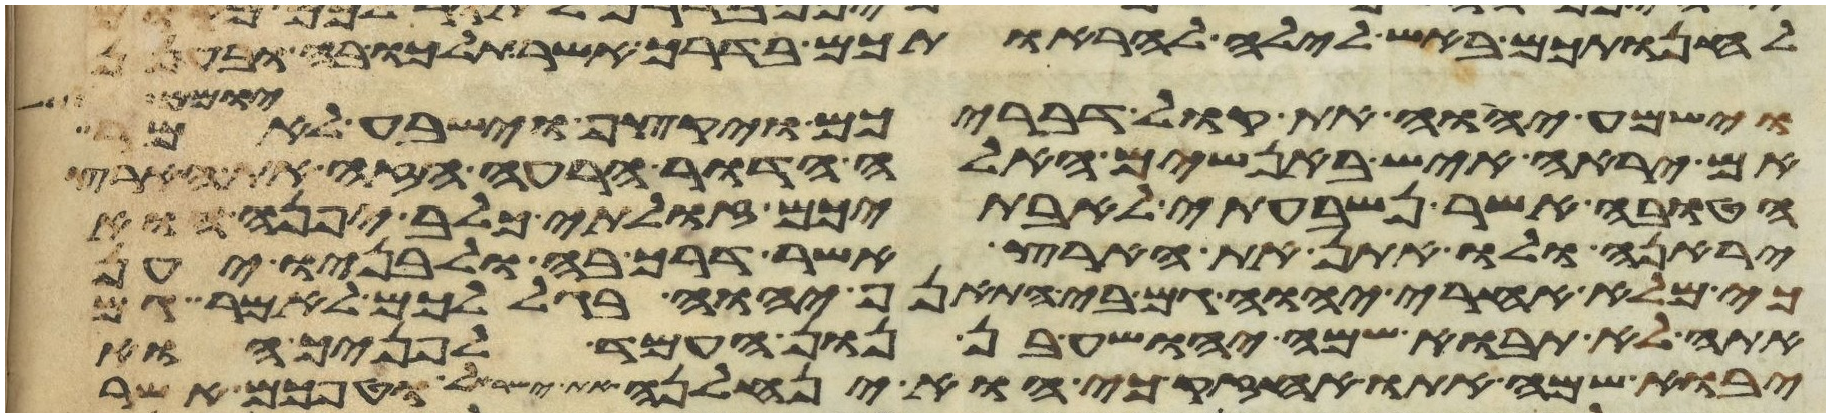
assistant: להחנותכם באש לילה להראותכם בדרך אשר תלכו בה ובענן
יומם
וישמע יהוה את קול דבריכם ויקצף וישבע לאמר
אם יראה איש באנשים האלה הדור הרע הזה את הארץ
הטובה אשר נשבעתי לאבתיכם זולתי כלב בן יפנה הוא
יראנה ולו אתן את הארץ אשר דרך בה ולבניו יען
כי מלא אחרי יהוה גם בי התאנף יהוה בגללכם לאמר גם
אתה לא תבוא שמה יהושע בן נון העמד לפניך הוא
יבוא שמה אתו אחזיק כי הוא ינחלנה את ישראל וטפכם אשר